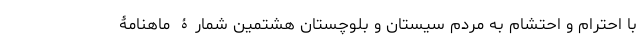
با احترام و احتشام به مردم سیستان و بلوچستان هشتمین شمارۀ ماهنامۀ